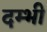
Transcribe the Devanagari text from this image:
दम्भी